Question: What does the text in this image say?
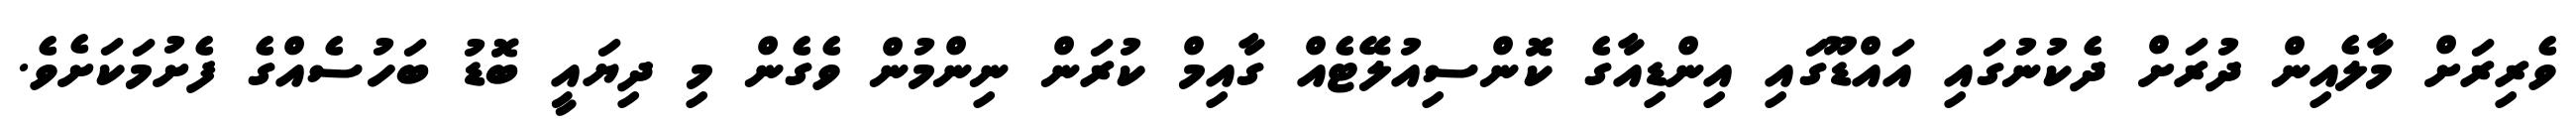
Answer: ވެރިރަށް މާލެއިން ދުރަށް ދެކުނުގައި އައްޑޫގައި އިންޑިއާގެ ކޮންސިއުލޭޓެއް ގާއިމް ކުރަން ނިންމުން ވެގެން މި ދިޔައީ ބޮޑު ބަހުސެއްގެ ފެށުމަކަށެވެ.